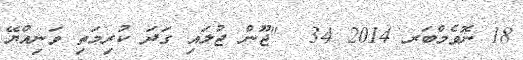
18 ނޮވެމްބަރ 2014 34  "ޖޫން ޖުލައި ގަދަ ކުރިމަތި ވަނިއްޔޭ